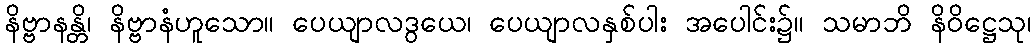
နိဗ္ဗာနန္တိ၊ နိဗ္ဗာနံဟူသော။ ပေယျာလဒွယေ၊ ပေယျာလနှစ်ပါး အပေါင်း၌။ သမာဘိ နိဝိဋ္ဌေသု၊